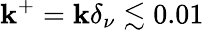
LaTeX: \mathbf{k}^{+}=\mathbf{k}\delta_{\nu}\lesssim0.01